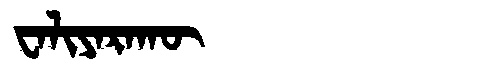
Manchu: ᠸᠠᠯᡳᠶᠠᡵᠠᡴᡡ
Romanization: WALIYARAKŪ